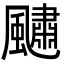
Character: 𩘹